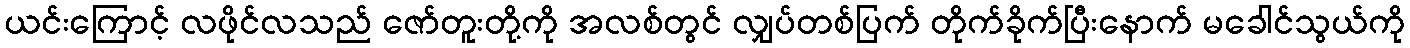
ယင်းကြောင့် လဖိုင်လသည် ဇော်တူးတို့ကို အလစ်တွင် လျှပ်တစ်ပြက် တိုက်ခိုက်ပြီးနောက် မခေါင်သွယ်ကို